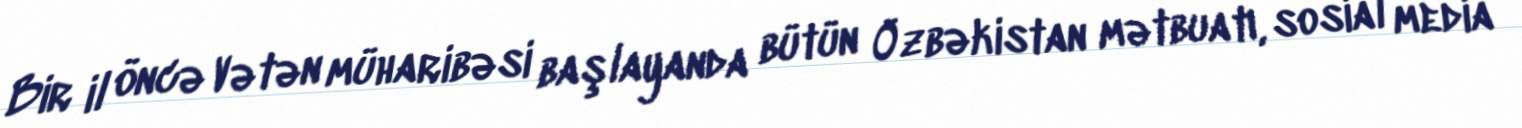
Bir il öncə Vətən müharibəsi başlayanda bütün Özbəkistan mətbuatı, sosial media